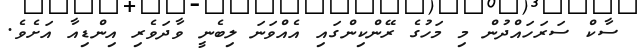
ސާކް ސަރަހައްދުން މި މަހުގެ ރޭންކިންގައި އެއްވަނަ ލިބެނީ ވާދަވެރި އިންޑިއާ އަށެވެ.